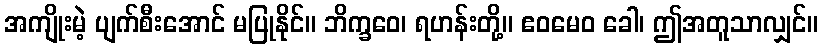
အကျိုးမဲ့ ပျက်စီးအောင် မပြုနိုင်။ ဘိက္ခဝေ၊ ရဟန်းတို့။ ဧဝမေဝ ခေါ၊ ဤအတူသာလျှင်။